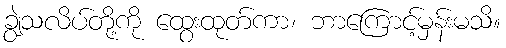
ချွဲသလိပ်တို့ကို ထွေးထုတ်ကာ၊ ဘာကြောင့်မှန်းမသိ။